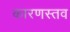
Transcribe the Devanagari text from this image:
कारणस्तव